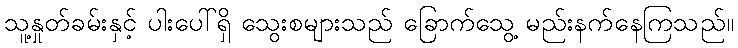
သူ့နှုတ်ခမ်းနှင့် ပါးပေါ်ရှိ သွေးစများသည် ခြောက်သွေ့ မည်းနက်နေကြသည်။